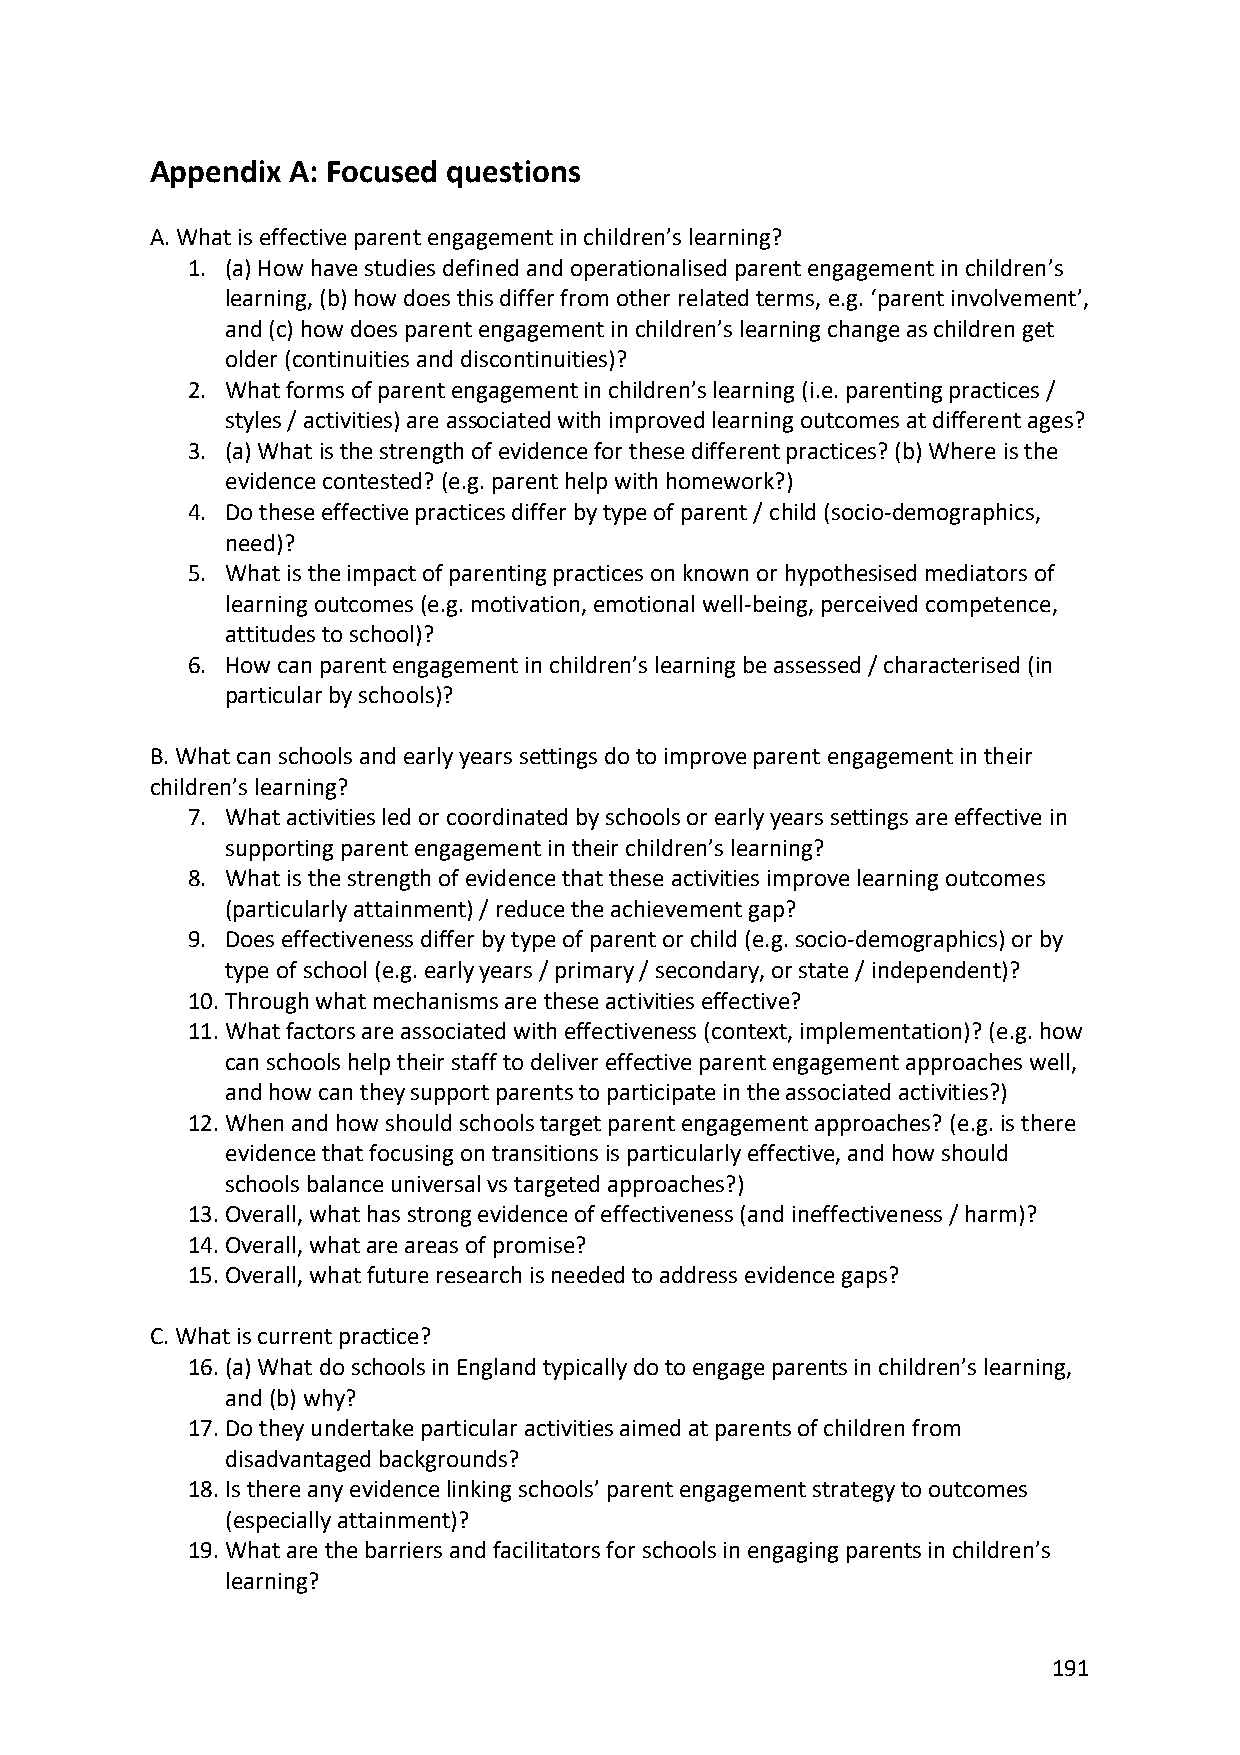
Appendix A: Focused questions
 A. What is effective parent engagement in children’s learning?
 1. (a) How have studies defined and operationalised parent engagement in children’s
 learning, (b) how does this differ from other related terms, e.g. ‘parent involvement’,
 and (c) how does parent engagement in children’s learning change as children get
 older (continuities and discontinuities)?
 2. What forms of parent engagement in children’s learning (i.e. parenting practices /
 styles / activities) are associated with improved learning outcomes at different ages?
 3. (a) What is the strength of evidence for these different practices? (b) Where is the
 evidence contested? (e.g. parent help with homework?)
 4. Do these effective practices differ by type of parent / child (socio-demographics,
 need)?
 5. What is the impact of parenting practices on known or hypothesised mediators of
 learning outcomes (e.g. motivation, emotional well-being, perceived competence,
 attitudes to school)?
 6. How can parent engagement in children’s learning be assessed / characterised (in
 particular by schools)?
 B. What can schools and early years settings do to improve parent engagement in their
 children’s learning?
 7. What activities led or coordinated by schools or early years settings are effective in
 supporting parent engagement in their children’s learning?
 8. What is the strength of evidence that these activities improve learning outcomes
 (particularly attainment) / reduce the achievement gap?
 9. Does effectiveness differ by type of parent or child (e.g. socio-demographics) or by
 type of school (e.g. early years / primary / secondary, or state / independent)?
 10. Through what mechanisms are these activities effective?
 11. What factors are associated with effectiveness (context, implementation)? (e.g. how
 can schools help their staff to deliver effective parent engagement approaches well,
 and how can they support parents to participate in the associated activities?)
 12. When and how should schools target parent engagement approaches? (e.g. is there
 evidence that focusing on transitions is particularly effective, and how should
 schools balance universal vs targeted approaches?)
 13. Overall, what has strong evidence of effectiveness (and ineffectiveness / harm)?
 14. Overall, what are areas of promise?
 15. Overall, what future research is needed to address evidence gaps?
 C. What is current practice?
 16. (a) What do schools in England typically do to engage parents in children’s learning,
 and (b) why?
 17. Do they undertake particular activities aimed at parents of children from
 disadvantaged backgrounds?
 18. Is there any evidence linking schools’ parent engagement strategy to outcomes
 (especially attainment)?
 19. What are the barriers and facilitators for schools in engaging parents in children’s
 learning?
 191